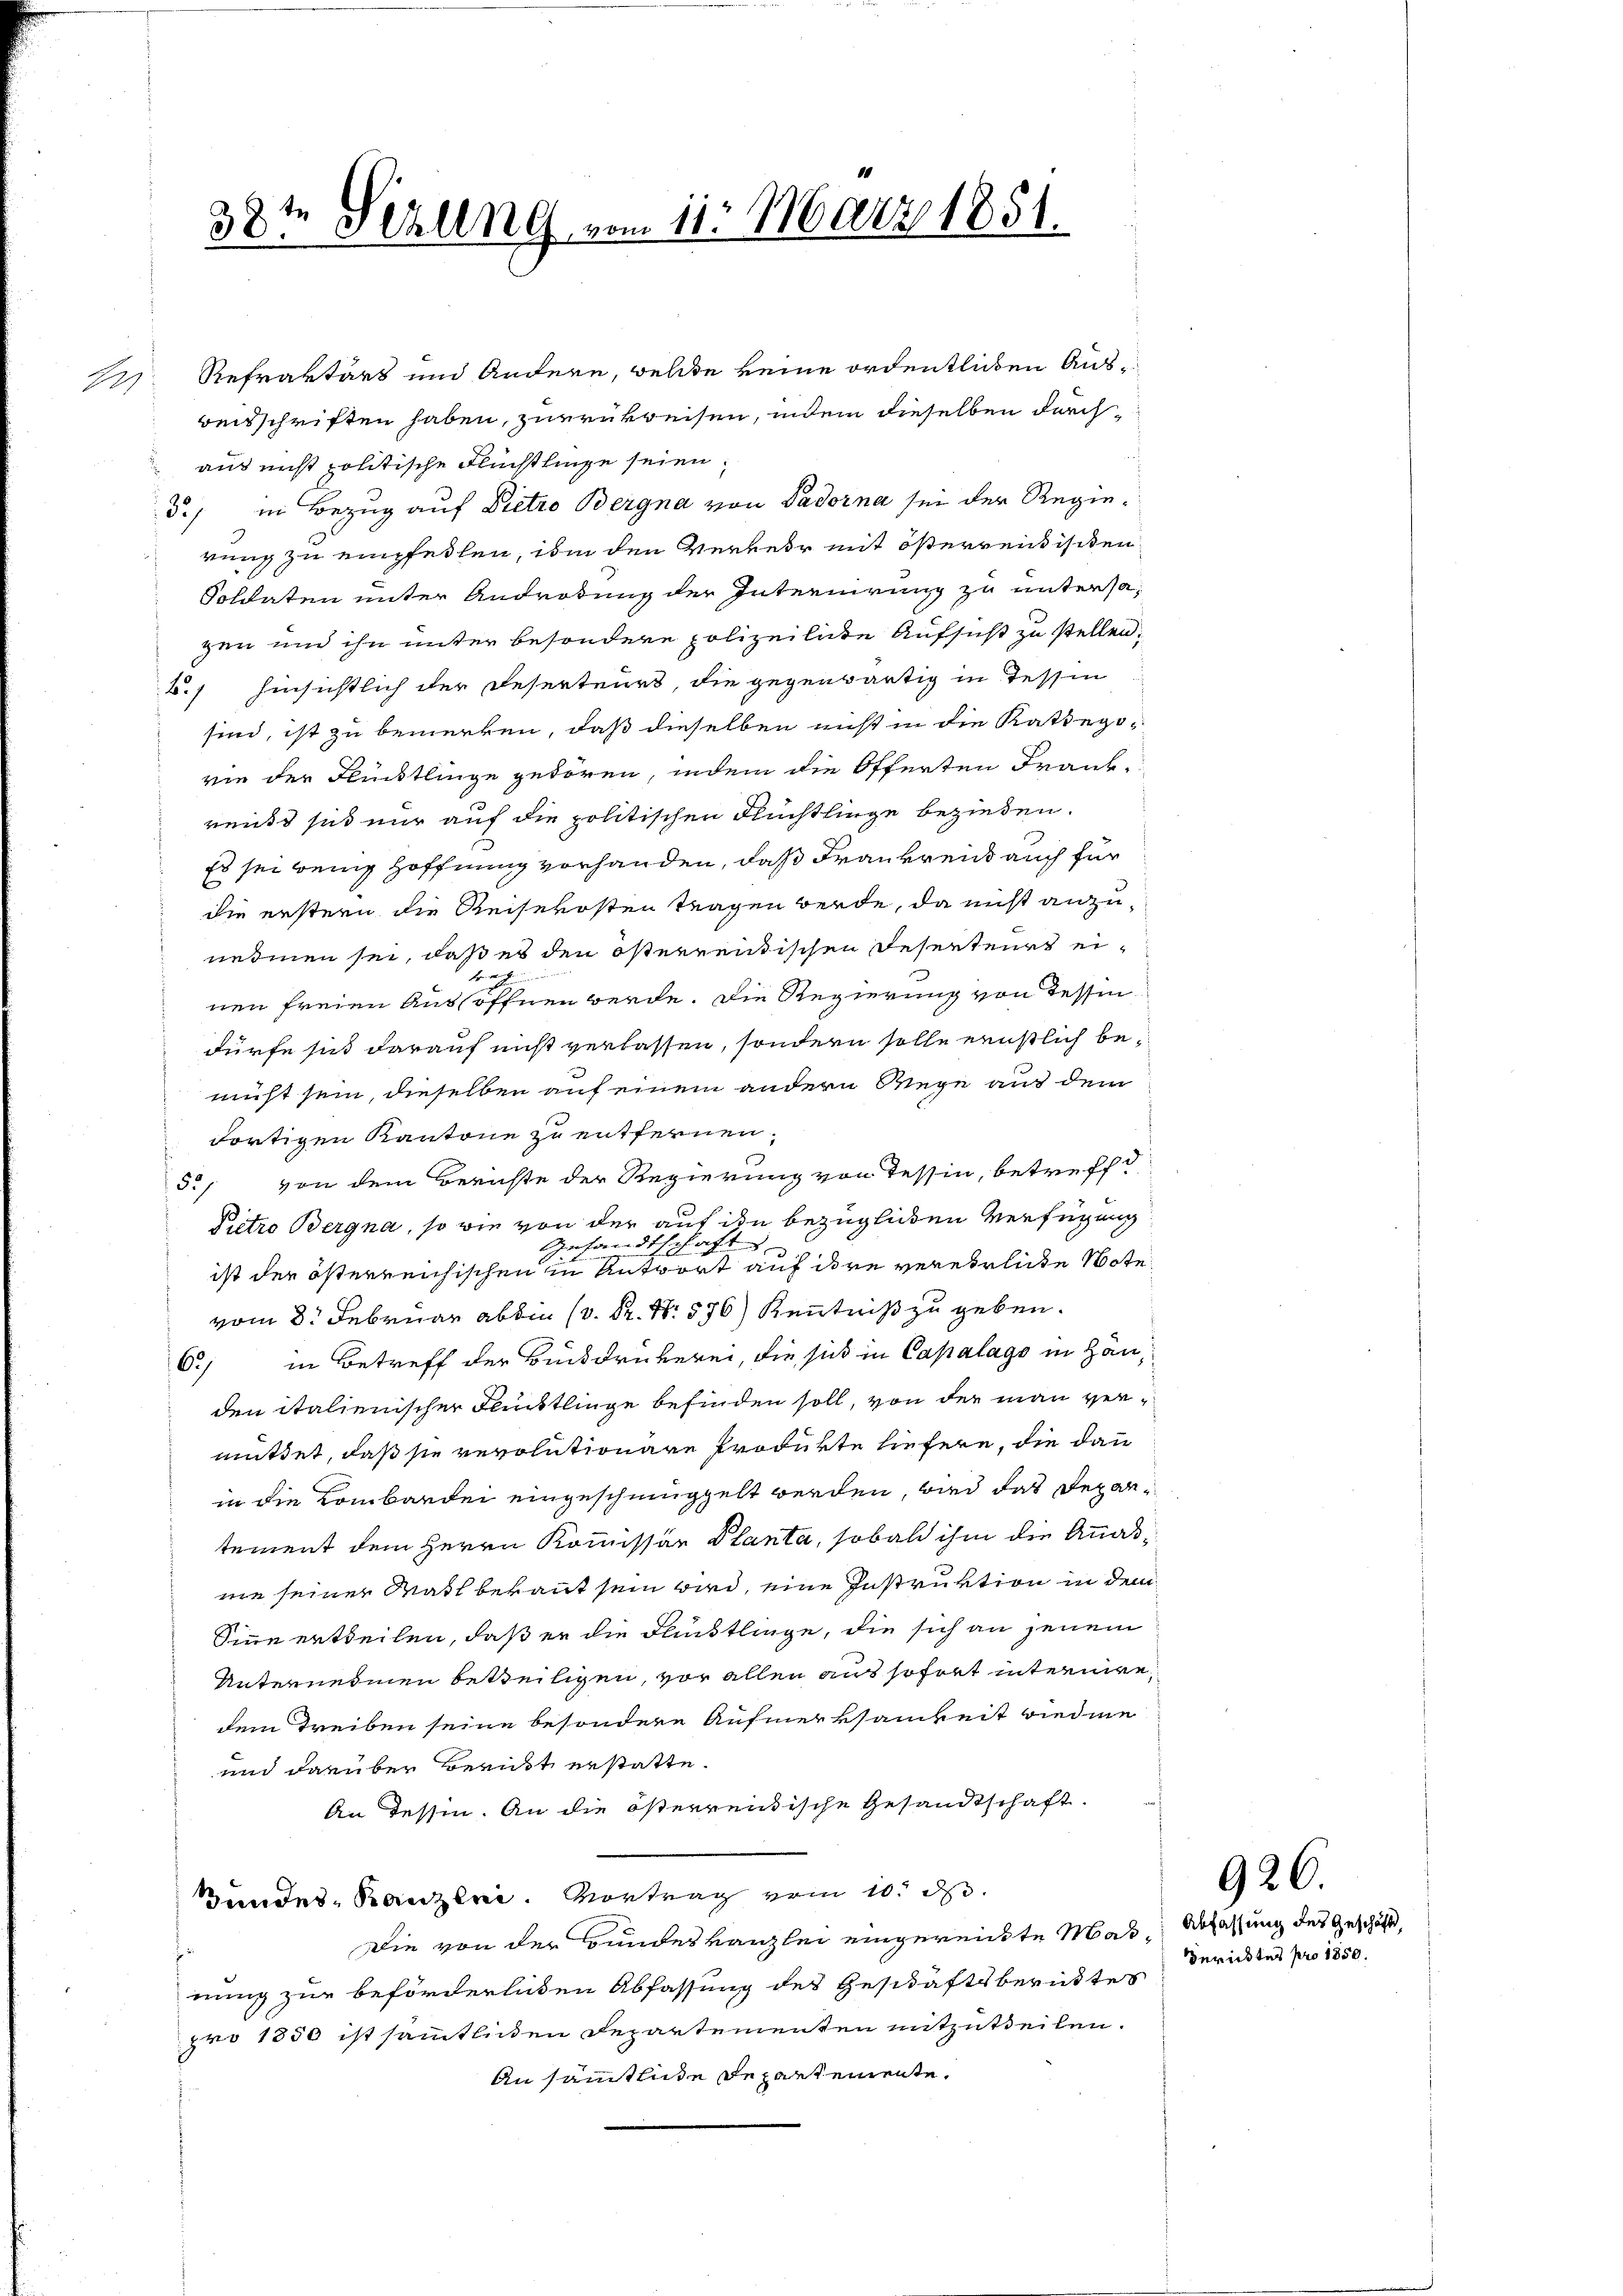
38te Perung vom 11. März 1851.

3/ in Bezug auf Dietro Bergna von Vadorna sei der Regierung zu empfeilen, ihm den Verkehr mit österrentischen
Soldaten unter Androtung der Internirung zu untersagen und ihn unter besondere polizeiliche Aufsucht zu stellen;
.) hinsichtlich der Deserteurs die gegenwärtig in Tessin
sind, ist zu bemerken, daß dieselben nicht in die Rathegovie der Flüchtlinge getören, indem die Offerten Frank-
reuss sie nur auf die politischen Flüchtlinge beziehen.
Es sei wenig Hoffnung vorhanden, daß Frau vrend auch für
die erstern die Reisekosten tragen werde, da nicht anzunedmen sei, daß es den österrentischen Deserteurs einen freien Aussöffnen werde. Die Regierung von dessen
dürfe sich darauf nicht verlassen, sondern solle ernstlich benicht sein, dieselben auf einem andern Wege auf dem
dortigen Kantone zu entfernen.
5., von dem Berichte der Regierung von Tessin, betreffe
Pietro Bergna, so wie von der auf ihn bezüglichen Verfügung
Gesandtschaft
ist der österreichischen in Antwort auf dere verehrliche Note
vom 8. Februar abben (v. R. N. 576) Kenntniß zu geben.
6) in Betreff der Bückdrükerei, die sich in Capalags in Handen italienischer Fünktlinge befinden soll, von der man vermittet, daß sie revolutionare Produkte hiefern, die dann
in die Lombarkei eingeschinggelt werden, wird das Departement dem Herrn Kommissär Planta, sobald ihm die Annasnie seiner Wahl bekannt sein wird, eine Instruktion in dem
Sinne ertheilen, daß er die Faustlinge, die sich an jenem
Unternehmen beteiligen, vor allen aus sofort internire,
dem Treiben seine besondere Aufmerksamkeit wiedme
und darüber Bericht erstatte.
An Tessin. An die österrentische Gesandtschaft.
Bundes Kanzlei. Vortrag vom 10. d.
Die von der Bundeskanzlei eingereichte Mas Abfassung des Geschäft,
nung zur beförderlichen Abfassung des Geschäftsberuhtes
pro 1850 ist sämmtlichen Departementen mitzutheilen.
An sämmtliche Departemente.

22 Refraktärs und Andere, welche keine ordentlichen Aus-
beisschriften haben, zuerkreisen, indem dieselben durchaus nicht politische Flüchtlinge seien;

Berichtes pro 1850.

926.